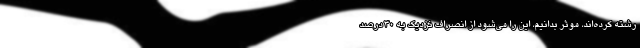
رشته کرده‌اند، موثر بدانیم، این را می‌شود از انصراف نزدیک به 30 درصد